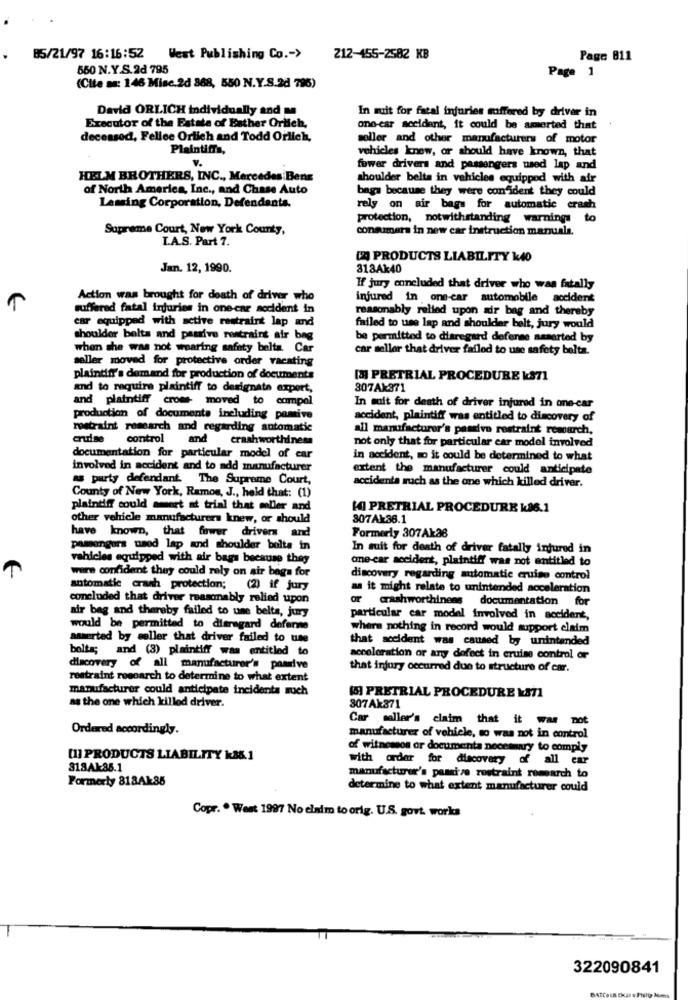
85/21/97 16:16:52
West Publishing Co .- >
212-455-2582 KB
Page 811
560 N.Y.S.2d 795
Page 1
(Cite as: 146 Misc.2d 868, 550 N.Y.S.2d 79%)
David ORLICH individually and me
In mit for fatal injuries suffered by driver in
Executor of the Estate of Esther Ortich,
one-car accident, it could be amerted that
deceased, Felice Ortich and Todd Orlich,
soller and other manufacturers of motor
Plaintiffs,
vehicles knew, or should have known, that
v.
fower drivers and passengers used lap and
HELM BROTHERS, INC ., Mercedes Benz
shoulder belta in vehicles equipped with air
of North America, Inc ., and Chase Auto
baga because they were confident they could
Laming Corporation, Defendants.
rely on air bags for automatic crash
protection, notwithstanding warnings to
Supreme Court, New York County,
consumers in new car instruction manuala.
I.A.S. Part 7.
[24 PRODUCTS LIABILITY 140
Jan. 12, 1990.
313Ak40
If jury concluded that driver who was fatally
Action was brought for death of driver who
injured in one-car automobile accident
suffered fatal injuries in one-car accident in
reasonably relied upon air bag and thereby
car equipped with active restraint lap and
failed to use lap and shoulder belt, jury would
shoulder bolts and paurive restraint air bag
be permitted to disregard defense asserted by
when she was not wearing safety belta Car
car seller that driver failed to use safety belta.
seller moved for protective order vacating
plaintiff's demand for production of documents
[3] PRETRIAL PROCEDURE k871
and to require plaintiff to designate export,
307Ak371
and plaintiff croms- moved to compel
In muit for death of driver injured in one-car
production of documents including pomive
accident, plaintiff was entitled to discovery of
restraint research and regarding automatic
all manufacturer's passive restraint remourch,
cruise control
and
crashworthiness
not only that for particular car model involved
documentation for particular model of car
in accident, so it could be determined to what
involved in accident and to add manufacturer
extent the manufacturer could anticipate
a party defendant. The Supreme Court,
accidenta ruch as the one which killed driver.
County of New York, Ramos, J ., held that: (1)
plaintiff could amort at trial that moller and
KI PRETRIAL PROCEDURE 196.1
other vehicle manufacturers knew, or should
807Ak38.1
have known, that fower drivers and
Formerly 307Aka8
pamangers used lap and shoulder bolta in
In suit for death of driver fatally injured in
vehicles equipped with air bags because they
one-car accident, plaintiff was not entitled to
were confident they could rely on air bags for
discovery regarding automatic cruise control
automatic crash protection;
(2) if jury
as it might relate to unintended acceleration
concluded that driver reasonably relied upon
or crashworthiness documentation for
air bag and thereby failed to une belts, jury
particular car model involved in accident,
would be permitted to disregard deferme
where nothing in record would support elaim
amerted by seller that driver failed to use
that accident was caused by unintended
bolts; and (3) plaintiff was entitled to
acceleration or any defect in cruise control or
discovery of all manufacturer's passive
that injury occurred due to structure of car.
restraint rosearch to determine to what extent
manufacturer could anticipate incidents such
[5] PRETRIAL PROCEDURE k&T1
as the one which killed driver.
307Ak871
Car seller's claim that it was not
Ordered accordingly.
manufacturer of vehicle, so was not in control
of witnessos or documenta necessary to comply
[1] PRODUCTS LIABILITY k8& 1
with order for discovery of all car
318Ak85.1
Formerly 818Ak35
manufacturer's passize restraint romearch to
determine to what extent manufacturer could
Copr. . West 1997 No claim to orig. U.S. govt. works
322090841
ATCOLS